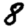
Digit: 8